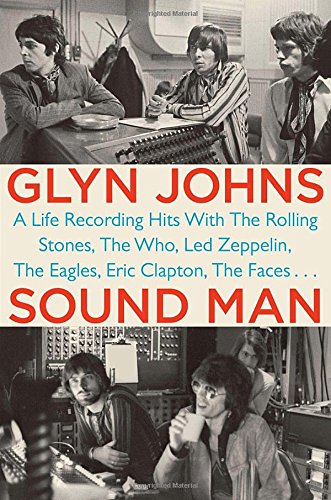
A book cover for Sound Man: A Life Recording Hits with The Rolling Stones, The Who, Led Zeppelin, The Eagles , Eric Clapton, The Faces . . .; Glyn Johns; Biographies & Memoirs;